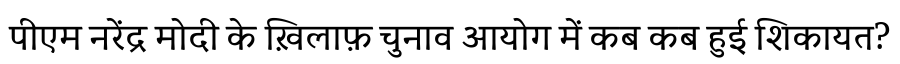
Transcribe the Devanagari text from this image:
पीएम नरेंद्र मोदी के ख़िलाफ़ चुनाव आयोग में कब कब हुई शिकायत?